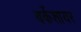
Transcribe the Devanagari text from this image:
बर्केशायर